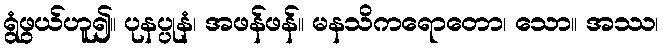
ရွံဖွယ်ဟူ၍။ ပုနပ္ပုနံ၊ အဖန်ဖန်။ မနသိကရောတော၊ သော။ အဿ၊